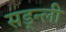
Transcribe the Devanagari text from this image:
सड्न्ली